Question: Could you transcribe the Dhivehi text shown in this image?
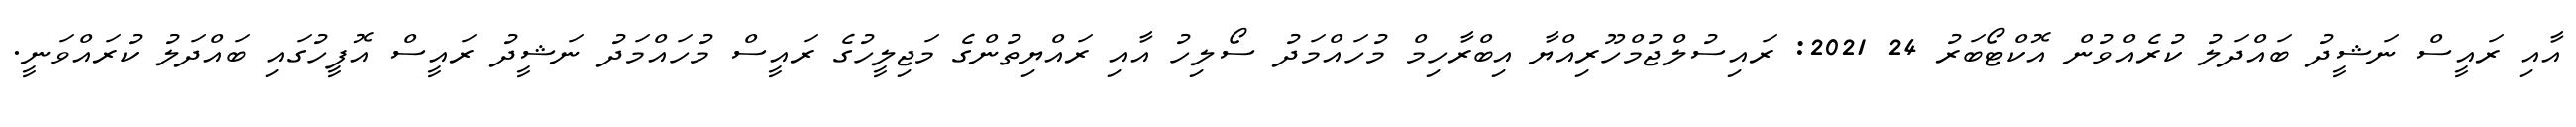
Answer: އާއި ރައީސް ނަޝީދު ބައްދަލު ކުރެއްވުން އޮކްޓޯބަރު 24 2021: ރައިސުލްޖުމްހޫރިއްޔާ އިބްރާހިމް މުހައްމަދު ސޯލިހު އާއި ރައްޔިތުންގެ މަޖިލީހުގެ ރައީސް މުހައްމަދު ނަޝީދު ރައީސް އޮފީހުގައި ބައްދަލު ކުރައްވަނީ.